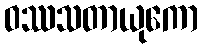
ဝဿသတာယုကော